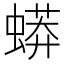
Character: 蟒